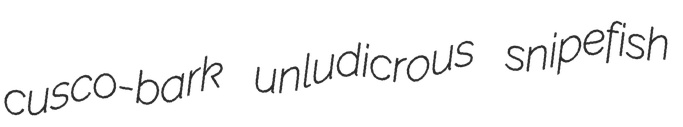
cusco-bark unludicrous snipefish